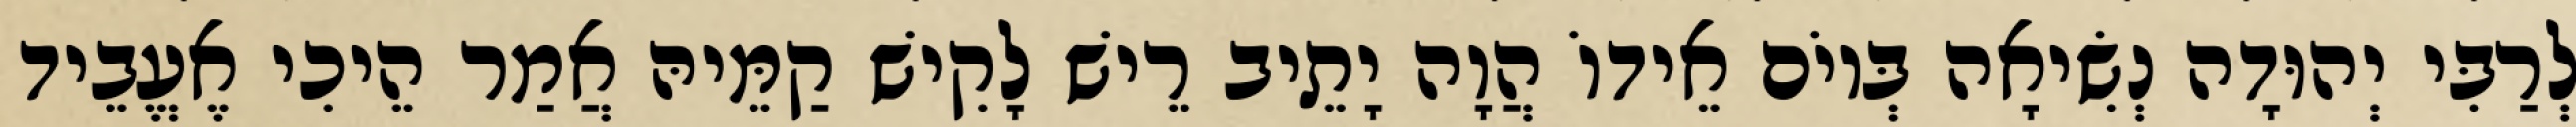
לְרַבִּי יְהוּדָה נְשִׂיאָה בְּיוֹם אֵידוֹ הֲוָה יָתֵיב רֵישׁ לָקִישׁ קַמֵּיהּ אֲמַר הֵיכִי אֶעֱבֵיד